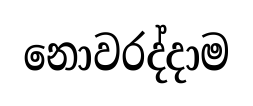
නොවරද්දාම